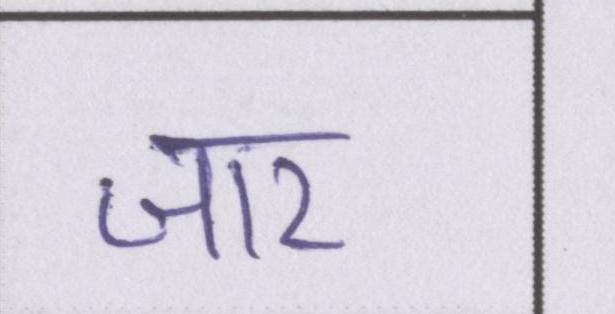
जार